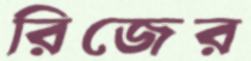
রিজের